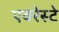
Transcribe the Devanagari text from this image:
एवरेस्‍टे